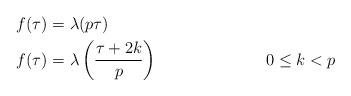
LaTeX: \begin{align*} f(\tau) &= \lambda(p\tau) \\ f(\tau) &= \lambda\left(\dfrac{\tau+2k}{p}\right) & 0\le k < p\end{align*}